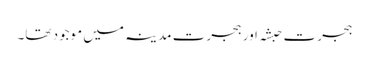
ہجرت حبشہ اور ہجرت مدینہ میں موجود تھا۔